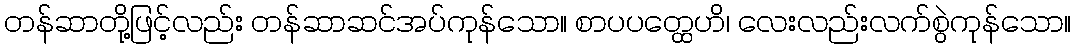
တန်ဆာတို့ဖြင့်လည်း တန်ဆာဆင်အပ်ကုန်သော။ စာပပတ္ထေဟိ၊ လေးလည်းလက်စွဲကုန်သော။